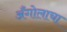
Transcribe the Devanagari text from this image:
अँगोलाचा